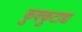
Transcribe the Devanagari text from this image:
कुक्कुटाद्य